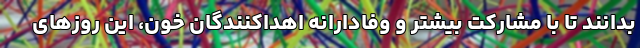
بدانند تا با مشارکت بیشتر و وفادارانه اهداکنندگان خون، این روزهای